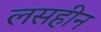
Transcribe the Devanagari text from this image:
लसहीन